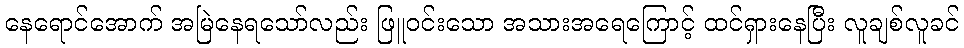
နေရောင်အောက် အမြဲနေရသော်လည်း ဖြူဝင်းသော အသားအရေကြောင့် ထင်ရှားနေပြီး လူချစ်လူခင်